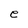
Character: e